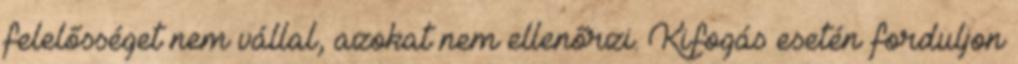
felelősséget nem vállal, azokat nem ellenőrzi. Kifogás esetén forduljon